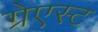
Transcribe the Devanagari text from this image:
ग्रेएस्ट